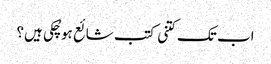
اب تک کتنی کتب شائع ہو چُکی ہیں؟